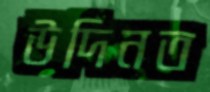
উদিনত